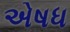
એષધ